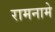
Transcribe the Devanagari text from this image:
रामनामे